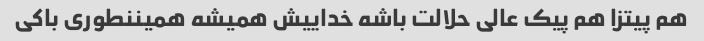
هم پیتزا هم پیک عالی حلالت باشه خداییش همیشه همیننطوری باکی